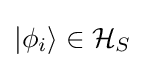
|\phi _{i}\rangle \in {\mathcal {H}}_{S}